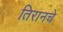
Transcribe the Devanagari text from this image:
तिरानचे